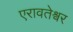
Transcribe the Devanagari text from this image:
एरावतेश्वर